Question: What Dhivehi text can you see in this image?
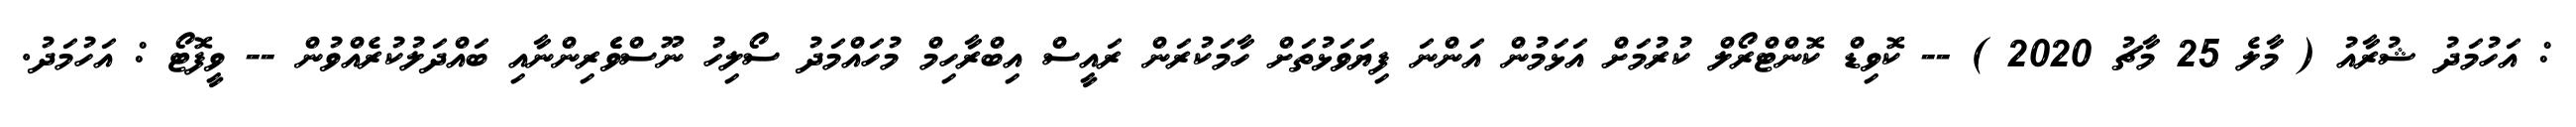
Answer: : އަހުމަދު ޝުރާއު ( މާލެ 25 މާޗު 2020 ) -- ކޮވިޑް ކޮންޓްރޯލް ކުރުމަށް އަޅަމުން އަންނަ ފިޔަވަޅުތަށް ހާމަކުރަން ރައީސް އިބްރާހިމް މުހައްމަދު ސޯލިހު ނޫސްވެެރިންނާއި ބައްދަލުކުރެއްވުން -- ވީފޮޓޯ : އަހުމަދު.